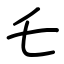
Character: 乇